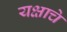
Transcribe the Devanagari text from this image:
यक्षाचे